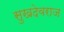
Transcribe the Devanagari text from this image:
सुखदेवराज